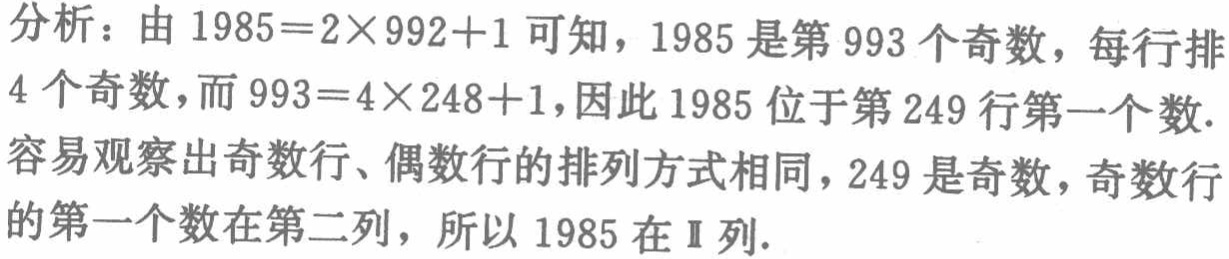
分析：由 \(1985 = 2\times992 + 1\) 可知，1985 是第 993 个奇数，每行排
4 个奇数，而 \(993 = 4\times248+1\)，因此 1985 位于第 249 行第一个数.
容易观察出奇数行、偶数行的排列方式相同，249 是奇数，奇数行
的第一个数在第二列，所以 1985 在Ⅱ列.